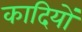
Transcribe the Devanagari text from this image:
कादियों